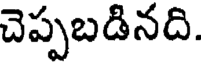
చెప్పబడినది.